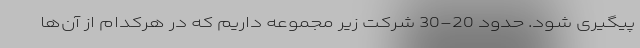
پیگیری شود. حدود 20-30 شرکت زیر مجموعه داریم که در هرکدام از آن‌ها